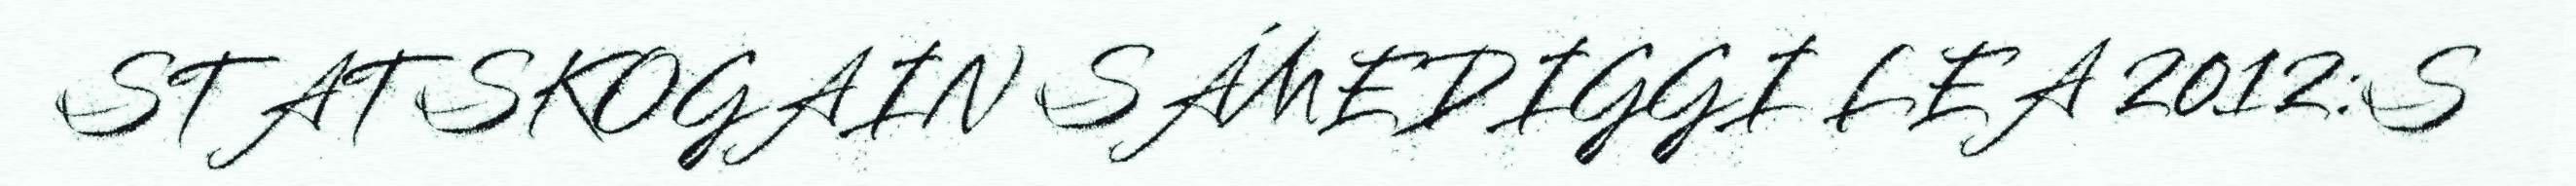
STATSKOGAIN SÁMEDIGGI LEA 2012:S